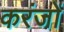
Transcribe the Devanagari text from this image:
करंजों